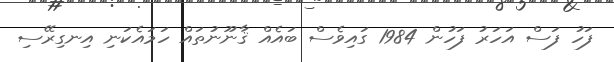
ފަހު ފަސް އަހަރު ފަހުން 1984 ގައިވެސް ބައެއް ޤާނޫނުތައް ހަމައެކަނި އިނގިރޭސި